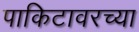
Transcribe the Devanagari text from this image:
पाकिटावरच्या